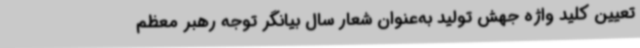
تعیین کلید واژه جهش تولید به‌عنوان شعار سال بیانگر توجه رهبر معظم